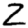
Digit: 2